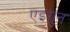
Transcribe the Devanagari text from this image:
एइगुन